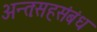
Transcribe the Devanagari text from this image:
अन्तःसहसंबंध